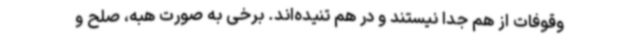
وقوفات از هم جدا نیستند و در هم تنیده‌اند. برخی به صورت هبه، صلح و